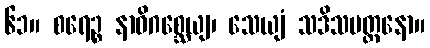
၆၁။ စရေဉ္စ နာဓိဂစ္ဆေယျ၊ သေယျံ သဒိသမတ္တနော။